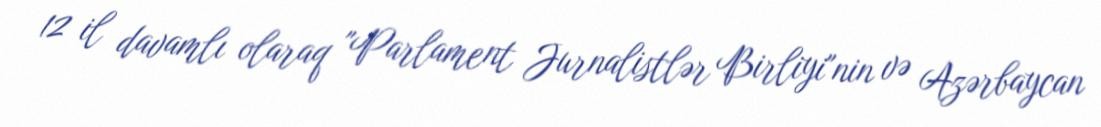
12 il davamlı olaraq "Parlament Jurnalistlər Birliyi"nin və Azərbaycan